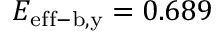
E _ { \mathrm { e f f - b , y } } = 0 . 6 8 9